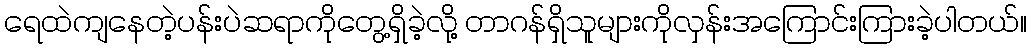
ရေထဲကျနေတဲ့ပန်းပဲဆရာကိုတွေ့ရှိခဲ့လို့ တာဂန်ရှိသူများကိုလှန်းအကြောင်းကြားခဲ့ပါတယ်။